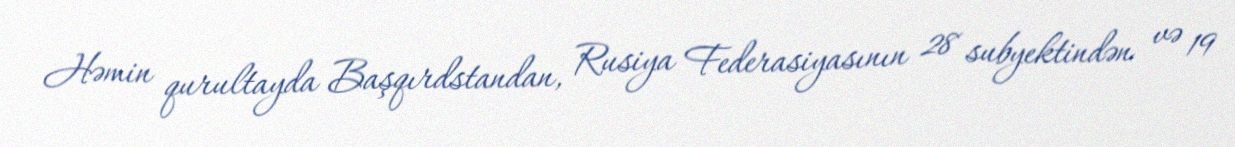
Həmin qurultayda Başqırdstandan, Rusiya Federasiyasının 28 subyektindən və 19